Lunatic asylums Madras 1892-1911 - 1892-1911
Year: 1892
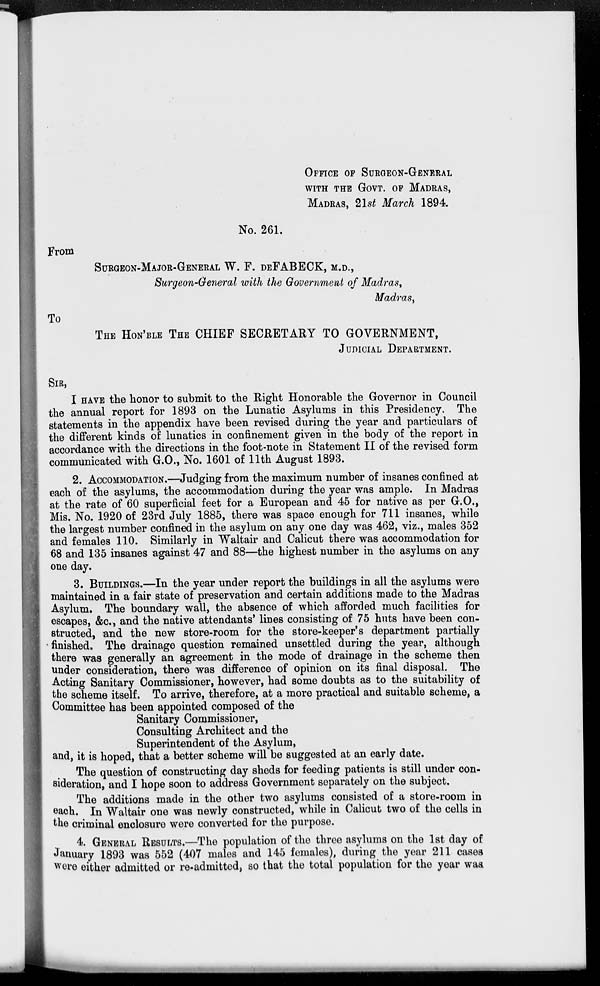
OFFICE OF SURGEON-GENERAL
WITH THE GOVT. OF MADRAS,
MADRAS, 21st March 1894.
No. 261.
From
SURGEON-MAJOR-GENERAL W. F. DEFABECK, M.D.,
Surgeon-General with the Government of Madras,
Madras,
To
THE HON'BLE THE CHIEF SECRETARY TO GOVERNMENT,
JUDICIAL DEPARTMENT.
SIR,
I HAVE the honor to submit to the Right Honorable the Governor in Council
the annual report for 1893 on the Lunatic Asylums in this Presidency. The
statements in the appendix have been revised during the year and particulars of
the different kinds of lunatics in confinement given in the body of the report in
accordance with the directions in the foot-note in Statement II of the revised form
communicated with G.O., No. 1601 of 11th August 1893.
2. ACCOMMODATION.—Judging from the maximum number of insanes confined at
each of the asylums, the accommodation during the year was ample. In Madras
at the rate of 60 superficial feet for a European and 45 for native as per G.O.,
Mis. No. 1920 of 23rd July 1885, there was space enough for 711 insanes, while
the largest number confined in the asylum on any one day was 462, viz., males 352
and females 110. Similarly in Waltair and Calicut there was accommodation for
68 and 135 insanes against 47 and 88—the highest number in the asylums on any
one day.
3. BUILDINGS.—In the year under report the buildings in all the asylums were
maintained in a fair state of preservation and certain additions made to the Madras
Asylum. The boundary wall, the absence of which afforded much facilities for
escapes, &c., and the native attendants' lines consisting of 75 huts have been con-
structed, and the new store-room for the store-keeper's department partially
finished. The drainage question remained unsettled during the year, although
there was generally an agreement in the mode of drainage in the scheme then
under consideration, there was difference of opinion on its final disposal. The
Acting Sanitary Commissioner, however, had some doubts as to the suitability of
the scheme itself. To arrive, therefore, at a more practical and suitable scheme, a
Committee has been appointed composed of the
Sanitary Commissioner,
Consulting Architect and the
Superintendent of the Asylum,
and, it is hoped, that a better scheme will be suggested at an early date.
The question of constructing day sheds for feeding patients is still under con-
sideration, and I hope soon to address Government separately on the subject.
The additions made in the other two asylums consisted of a store-room in
each. In Waltair one was newly constructed, while in Calicut two of the cells in
the criminal enclosure were converted for the purpose.
4. GENERAL RESULTS.—The population of the three asylums on the 1st day of
January 1893 was 552 (407 males and 145 females), during the year 211 cases
were either admitted or re-admitted, so that the total population for the year was